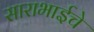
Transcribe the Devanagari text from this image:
साराभाईचे